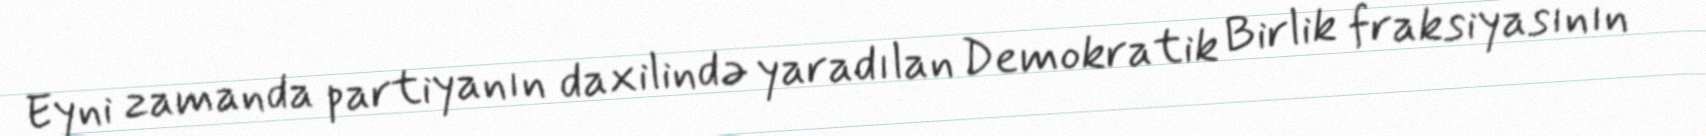
Eyni zamanda partiyanın daxilində yaradılan Demokratik Birlik fraksiyasının